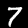
Digit: 7